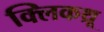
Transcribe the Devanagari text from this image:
क्लिकथ्रू